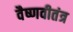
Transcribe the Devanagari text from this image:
वैष्णवीतंत्र